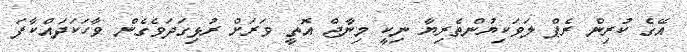
އޭގެ ކުރިން ރެޕް ލަވަކިޔުންތެރިޔާ ނިކީ މިނާޖް އޮތީ ވަރަށް ރުޅިގަދަވެގެން ވާހަކަދައްކާފަ